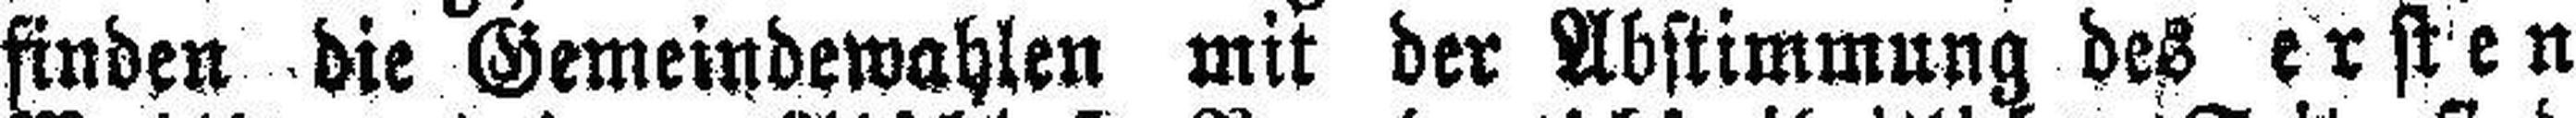
finden die Gemeindewahlen mit der Abstimmung des ersten